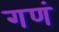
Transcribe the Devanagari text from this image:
गणं